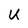
Character: U